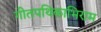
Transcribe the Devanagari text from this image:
गीतपथिकाभिराम